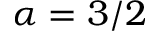
\alpha = 3 / 2